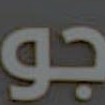
جو